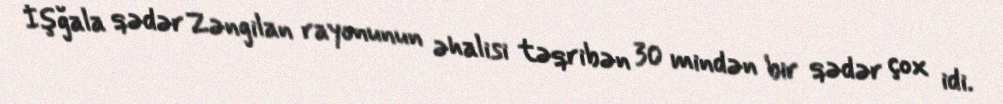
İşğala qədər Zəngilan rayonunun əhalisi təqribən 30 mindən bir qədər çox idi.